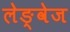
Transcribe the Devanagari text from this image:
लेङ्वेज